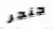
جنجر